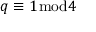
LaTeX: q \equiv 1 { \bmod { 4 } }